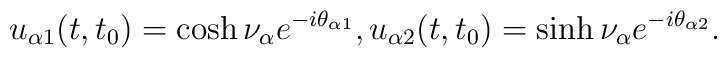
u_{\alpha 1} (t,t_0) = \cosh \nu_\alpha e^{-i \theta_{\alpha 1}},u_{\alpha 2} (t,t_0) = \sinh \nu_\alpha e^{-i \theta_{\alpha 2}}.